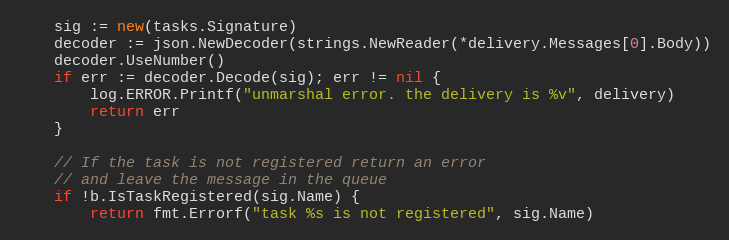
Language: Go
	sig := new(tasks.Signature)
	decoder := json.NewDecoder(strings.NewReader(*delivery.Messages[0].Body))
	decoder.UseNumber()
	if err := decoder.Decode(sig); err != nil {
		log.ERROR.Printf("unmarshal error. the delivery is %v", delivery)
		return err
	}

	// If the task is not registered return an error
	// and leave the message in the queue
	if !b.IsTaskRegistered(sig.Name) {
		return fmt.Errorf("task %s is not registered", sig.Name)